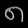
Digit: ၈